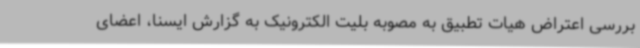
بررسی اعتراض هیات تطبیق به مصوبه بلیت الکترونیک به گزارش ایسنا، اعضای